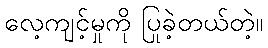
လေ့ကျင့်မှုကို ပြုခဲ့တယ်တဲ့။